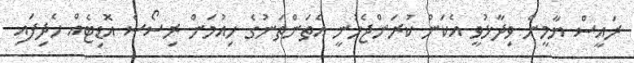
ރައީސް ޔާމީން ވިދާޅުވީ އެކަން ކުރަންޖެހުނީ އެތަންތަނުގެ ހިއުމަން ރިސޯސް އޮޑިޓެއް ހެދިފައި